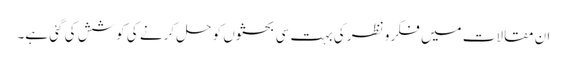
ان مقالات میں فکر و نظر کی بہت سی بحثوں کو حل کرنے کی کوشش کی گئی ہے۔